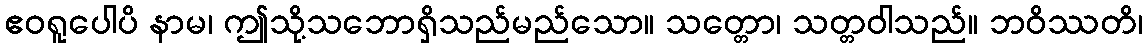
ဧဝရူပေါပိ နာမ၊ ဤသို့သဘောရှိသည်မည်သော။ သတ္တော၊ သတ္တဝါသည်။ ဘဝိဿတိ၊